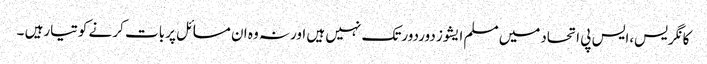
کانگریس،ایس پی اتحادمیں مسلم ایشوز دوردورتک نہیں ہیں اورنہ وہ ان مسائل پربات کر نے کوتیارہیں ۔